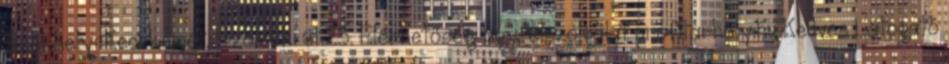
Székhely: Kecskemét, Szolnoki út.23. Elérhetőség: ugyfelszolgalat profitarhely.hu Kedves Látogató